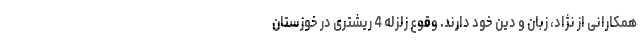
همکارانی از نژاد، زبان و دین خود دارند. وقوع زلزله 4 ریشتری در خوزستان